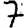
Digit: 7